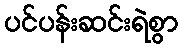
ပင်ပန်းဆင်းရဲစွာ